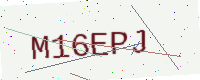
Text: M16EPJ